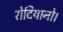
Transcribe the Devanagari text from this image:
रोदियानो।